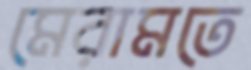
মেরামতে